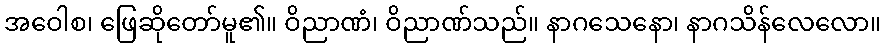
အဝေါစ၊ ဖြေဆိုတော်မူ၏။ ဝိညာဏံ၊ ဝိညာဏ်သည်။ နာဂသေနော၊ နာဂသိန်လေလော။